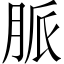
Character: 脈